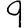
Digit: 9